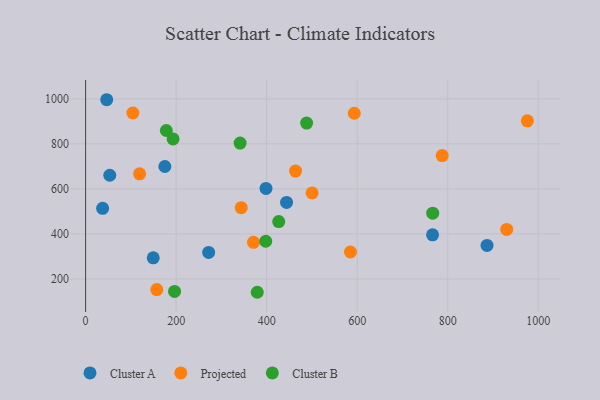
{"axis": {"x": "Engine Size", "y": "Sales"}, "legend": ["Cluster A", "Cluster B", "Projected"], "data": [{"x": "46.6", "y": 996.1, "type": "Cluster A"}, {"x": "886.8", "y": 349.2, "type": "Cluster A"}, {"x": "175.1", "y": 699.5, "type": "Cluster A"}, {"x": "53.4", "y": 660.7, "type": "Cluster A"}, {"x": "271.8", "y": 318.0, "type": "Cluster A"}, {"x": "37.6", "y": 513.7, "type": "Cluster A"}, {"x": "443.9", "y": 540.2, "type": "Cluster A"}, {"x": "149.4", "y": 294.2, "type": "Cluster A"}, {"x": "398.5", "y": 602.2, "type": "Cluster A"}, {"x": "766.5", "y": 396.0, "type": "Cluster A"}, {"x": "119.3", "y": 667.1, "type": "Projected"}, {"x": "343.8", "y": 516.7, "type": "Projected"}, {"x": "157.2", "y": 152.9, "type": "Projected"}, {"x": "593.5", "y": 936.1, "type": "Projected"}, {"x": "930.3", "y": 420.1, "type": "Projected"}, {"x": "787.7", "y": 747.9, "type": "Projected"}, {"x": "104.4", "y": 937.1, "type": "Projected"}, {"x": "500.3", "y": 582.3, "type": "Projected"}, {"x": "370.9", "y": 362.8, "type": "Projected"}, {"x": "463.8", "y": 679.1, "type": "Projected"}, {"x": "585.0", "y": 319.8, "type": "Projected"}, {"x": "975.9", "y": 902.4, "type": "Projected"}, {"x": "766.8", "y": 492.1, "type": "Cluster B"}, {"x": "397.9", "y": 367.5, "type": "Cluster B"}, {"x": "379.2", "y": 141.0, "type": "Cluster B"}, {"x": "341.3", "y": 803.6, "type": "Cluster B"}, {"x": "426.6", "y": 455.0, "type": "Cluster B"}, {"x": "193.2", "y": 822.2, "type": "Cluster B"}, {"x": "178.3", "y": 859.5, "type": "Cluster B"}, {"x": "488.2", "y": 892.2, "type": "Cluster B"}, {"x": "196.5", "y": 144.9, "type": "Cluster B"}]}